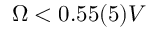
\Omega < 0 . 5 5 ( 5 ) V